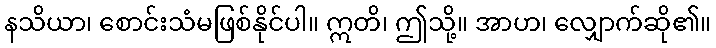
နသိယာ၊ စောင်းသံမဖြစ်နိုင်ပါ။ ဣတိ၊ ဤသို့။ အာဟ၊ လျှောက်ဆို၏။